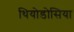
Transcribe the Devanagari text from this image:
थियोडोसिया